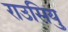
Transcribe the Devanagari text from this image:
राउसियु